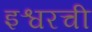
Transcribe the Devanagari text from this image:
इश्वरची